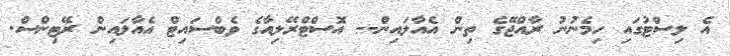
އެ ލިސްޓުގައި ހިމެނުނު ރާއްޖޭގެ ތިން އެއާލައިން-- އޮސްޓްރޭލިއާގެ ވެބްސައިޓް އެއާލައިން ރޭޓިންސް.